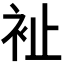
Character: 𧘲